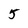
Character: 5